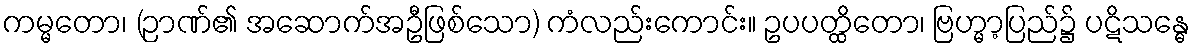
ကမ္မတော၊ (ဉာဏ်၏ အဆောက်အဦဖြစ်သော) ကံလည်းကောင်း။ ဥပပတ္ထိတော၊ ဗြဟ္မာ့ပြည်၌ ပဋိသန္ဓေ